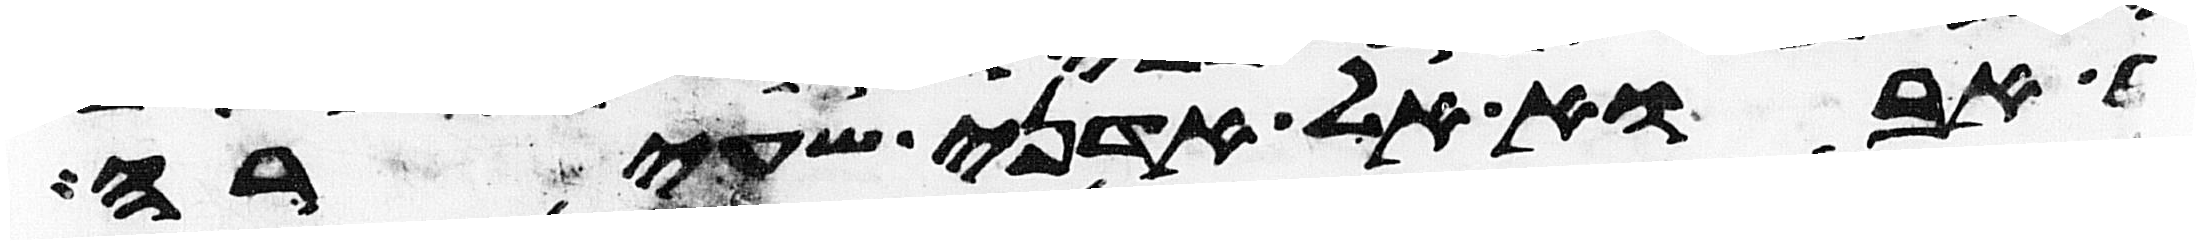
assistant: אבוא אל אדני שעירה